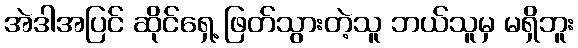
အဲဒါအပြင် ဆိုင်ရှေ့ ဖြတ်သွားတဲ့သူ ဘယ်သူမှ မရှိဘူး